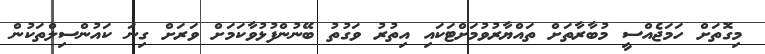
މިގޮތަށް ހަމަޖެއްސީ މުބާރާތަށް ތައްޔާރުވުމަށްޓަކައި އިތުރު ވަގުތު ބޭނުންފުޅުވާކަމަށް ވަރަށް ގިނަ ކައުންސިލްތަކުން